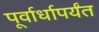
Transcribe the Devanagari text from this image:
पूर्वार्धापर्यंत